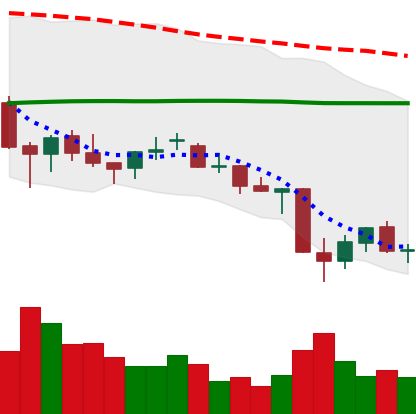
Ticker: EOS-USD
Chart end date: 2021-06-26
Forward return: 10.509%
Label: up_7plus